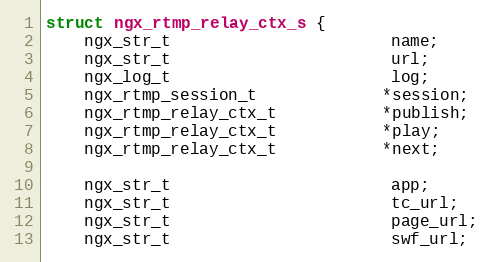
Language: C
struct ngx_rtmp_relay_ctx_s {
    ngx_str_t                       name;
    ngx_str_t                       url;
    ngx_log_t                       log;
    ngx_rtmp_session_t             *session;
    ngx_rtmp_relay_ctx_t           *publish;
    ngx_rtmp_relay_ctx_t           *play;
    ngx_rtmp_relay_ctx_t           *next;

    ngx_str_t                       app;
    ngx_str_t                       tc_url;
    ngx_str_t                       page_url;
    ngx_str_t                       swf_url;